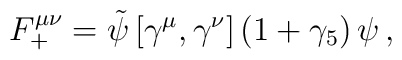
F_+^{\mu\nu} = \tilde \psi \left[ \gamma^\mu, \gamma^\nu \right]  \left( 1+ \gamma_5 \right) \psi \,,